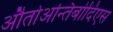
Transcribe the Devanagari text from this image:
औतोअन्तिबोदिएस